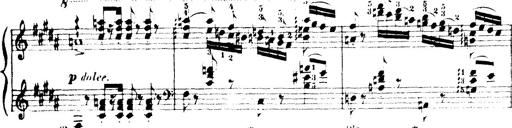
Title: Wagner-Liszt Album
Composer: Franz Liszt